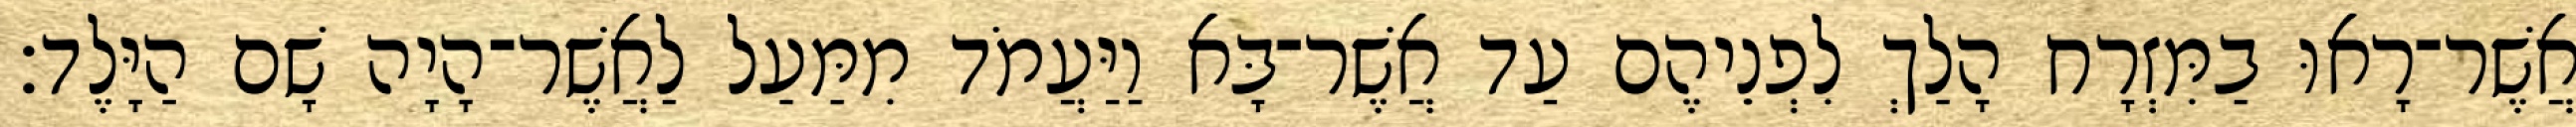
אֲשֶׁר־רָאוּ בַמִּזְרָח הָלַךְ לִפְנֵיהֶם עַד אֲשֶׁר־בָּא וַיַּעֲמֹד מִמַּעַל לַאֲשֶׁר־הָיָה שָׁם הַיָּלֶד׃